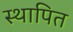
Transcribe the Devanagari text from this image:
स्थापित